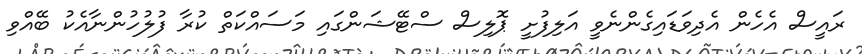
ރައީސް އެހެން އެދިވަޑައިގެންނެވީ އަލިފުށީ ޕޮލިސް ސްޓޭޝަންގައި މަސައްކަތް ކުރާ ފުލުހުންނާއެކު ބޭއްވި